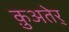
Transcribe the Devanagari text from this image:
क़ुअतेर्